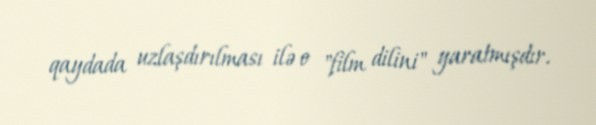
qaydada uzlaşdırılması ilə o "film dilini" yaratmışdır.